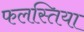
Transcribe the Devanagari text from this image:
फलस्तिया